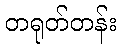
တရုတ်တန်း